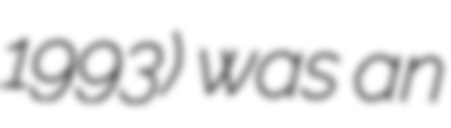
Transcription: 1993) was an